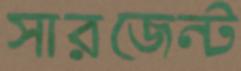
সারজেন্ট